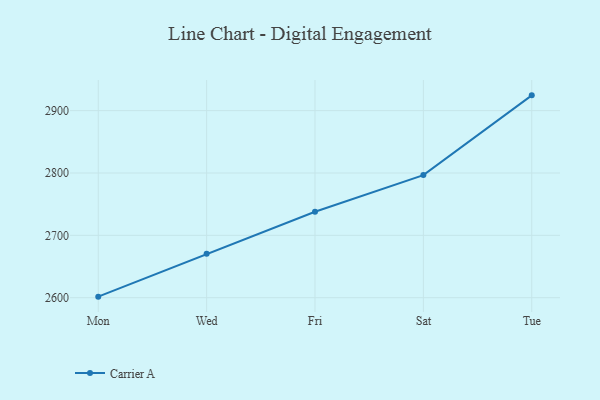
{"axis": {"x": "Day", "y": "Satisfaction Score"}, "legend": ["Carrier A"], "data": [{"x": "Mon", "y": 2601.7, "type": "Carrier A"}, {"x": "Wed", "y": 2670.3, "type": "Carrier A"}, {"x": "Fri", "y": 2737.8, "type": "Carrier A"}, {"x": "Sat", "y": 2796.6, "type": "Carrier A"}, {"x": "Tue", "y": 2924.5, "type": "Carrier A"}]}